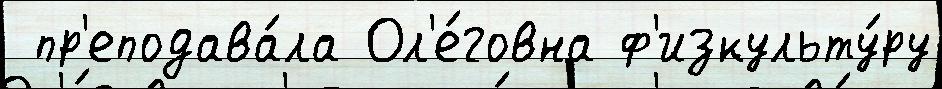
 пр'еподава́ла Ол'е́говна ф'изкульту́ру